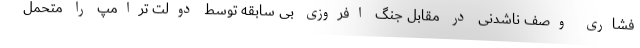
فشاری وصف ناشدنی در مقابل جنگ افروزی بی سابقه توسط دولت ترامپ را متحمل